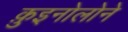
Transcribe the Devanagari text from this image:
क़ुइनोलोने